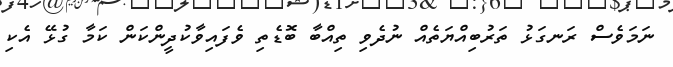
ނަމަވެސް ރަނގަޅު ތަރުބިއްޔަތެއް ނުދެވި ތިއްބާ ބޮޑެތި ވެފައިވާކުދީންކަން ކަމާ ގުޅޭ އެކި